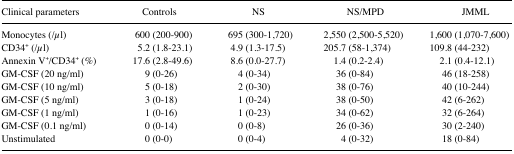
<table><thead><tr><td><b>Clinical parameters</b></td><td><b>Controls</b></td><td><b>NS</b></td><td><b>NS/MPD</b></td><td><b>JMML</b></td></tr></thead><tbody><tr><td>Monocytes (/μl)</td><td>600 (200–900)</td><td>695 (300–1,720)</td><td>2,550 (2,500–5,520)</td><td>1,600 (1,070–7,600)</td></tr><tr><td>CD34<sup>+</sup> (/μl)</td><td>5.2 (1.8–23.1)</td><td>4.9 (1.3–17.5)</td><td>205.7 (58–1,374)</td><td>109.8 (44–232)</td></tr><tr><td>Annexin V<sup>+</sup>/CD34<sup>+</sup> (%)</td><td>17.6 (2.8–49.6)</td><td>8.6 (0.0–27.7)</td><td>1.4 (0.2–2.4)</td><td>2.1 (0.4–12.1)</td></tr><tr><td>GM-CSF (20 ng/ml)</td><td>9 (0–26)</td><td>4 (0–34)</td><td>36 (0–84)</td><td>46 (18–258)</td></tr><tr><td>GM-CSF (10 ng/ml)</td><td>5 (0–18)</td><td>2 (0–30)</td><td>38 (0–76)</td><td>40 (10–244)</td></tr><tr><td>GM-CSF (5 ng/ml)</td><td>3 (0–18)</td><td>1 (0–24)</td><td>38 (0–50)</td><td>42 (6–262)</td></tr><tr><td>GM-CSF (1 ng/ml)</td><td>1 (0–16)</td><td>1 (0–23)</td><td>34 (0–62)</td><td>32 (6–264)</td></tr><tr><td>GM-CSF (0.1 ng/ml)</td><td>0 (0–14)</td><td>0 (0–8)</td><td>26 (0–36)</td><td>30 (2–240)</td></tr><tr><td>Unstimulated</td><td>0 (0–0)</td><td>0 (0–4)</td><td>4 (0–32)</td><td>18 (0–84)</td></tr></tbody></table>